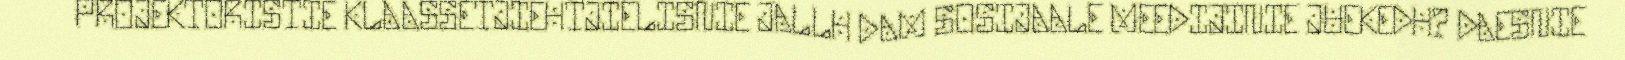
PROJEKTORISTIE KLAASSETJIEHTJIELISNIE JALLH DAM SOSIJAALE MEEDIJINIE JUEKEDH? DAESNIE